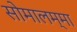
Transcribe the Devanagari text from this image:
सोमालम्मा